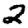
Digit: 2